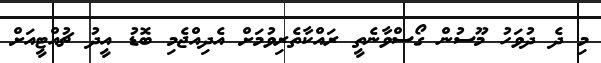
މި ދެ ދުވަހު މޫސުން ގޯސްވާނެތީ ރައްކާތެރިވުމަށް އެދިއްޖެމި ބޮޑު އީދު ޗުއްޓީއަށް